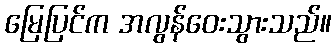
မြေပြင်က အလွန်ဝေးသွားသည်။